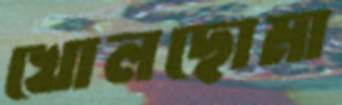
খোলছোমা